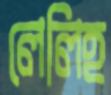
লেলিহ